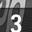
Digit: 3